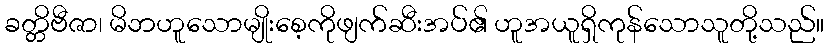
ခတ္တိဗီဇာ၊ မိဘဟူသောမျိုးစေ့ကိုဖျက်ဆီးအပ်၏ ဟူအယူရှိကုန်သောသူတို့သည်။